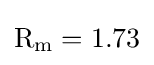
\mathrm {R} _{\mathrm {m} }=1.73